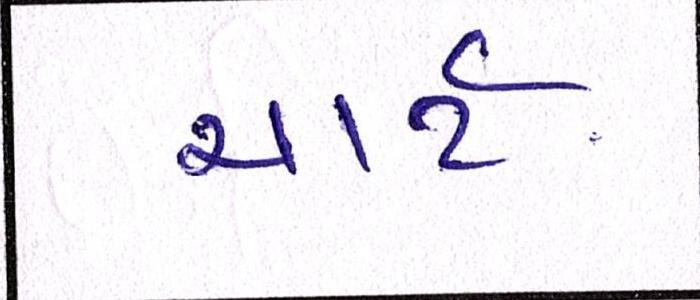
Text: ચાર્ટ